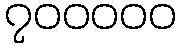
၇၀၀၀၀၀